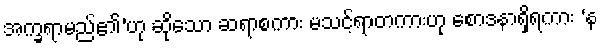
အက္ခရာမည်၏’ဟု ဆိုသော ဆရာစကား မသင့်ရာတကားဟု စောဒနာရှိရကား ‘န